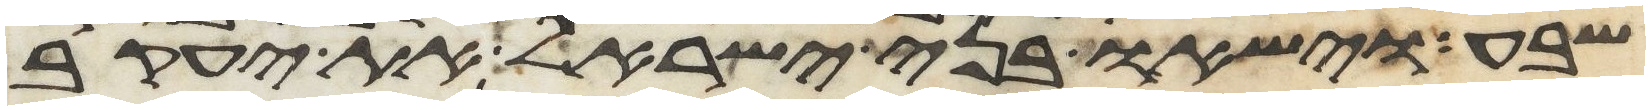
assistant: שבע וישאו בני ישראל את יעקב